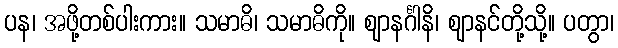
ပန၊ အဖို့တစ်ပါးကား။ သမာဓိ၊ သမာဓိကို။ ဈာနင်္ဂါနိ၊ ဈာနင်တို့သို့။ ပတွာ၊